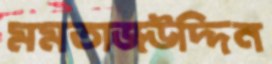
মমতাজউদ্দিন